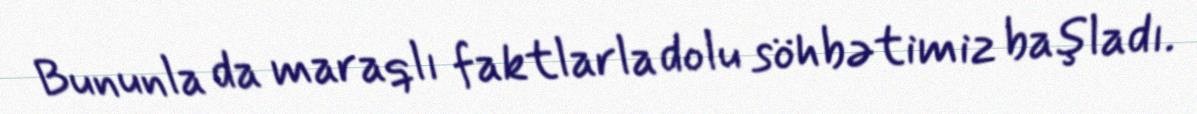
Bununla da maraqlı faktlarla dolu söhbətimiz başladı.